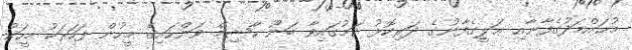
މުޙައްމަދުގެފާނާއި ޢަލީގެފާނުގެ ދަރިކޮޅު ކަމުގައިވާ ބަނޫ ހާޝިމް ވަންހައިގެ މީހުން ފަހަރަކު މީހަކު